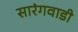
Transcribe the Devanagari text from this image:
सारंगवाडी